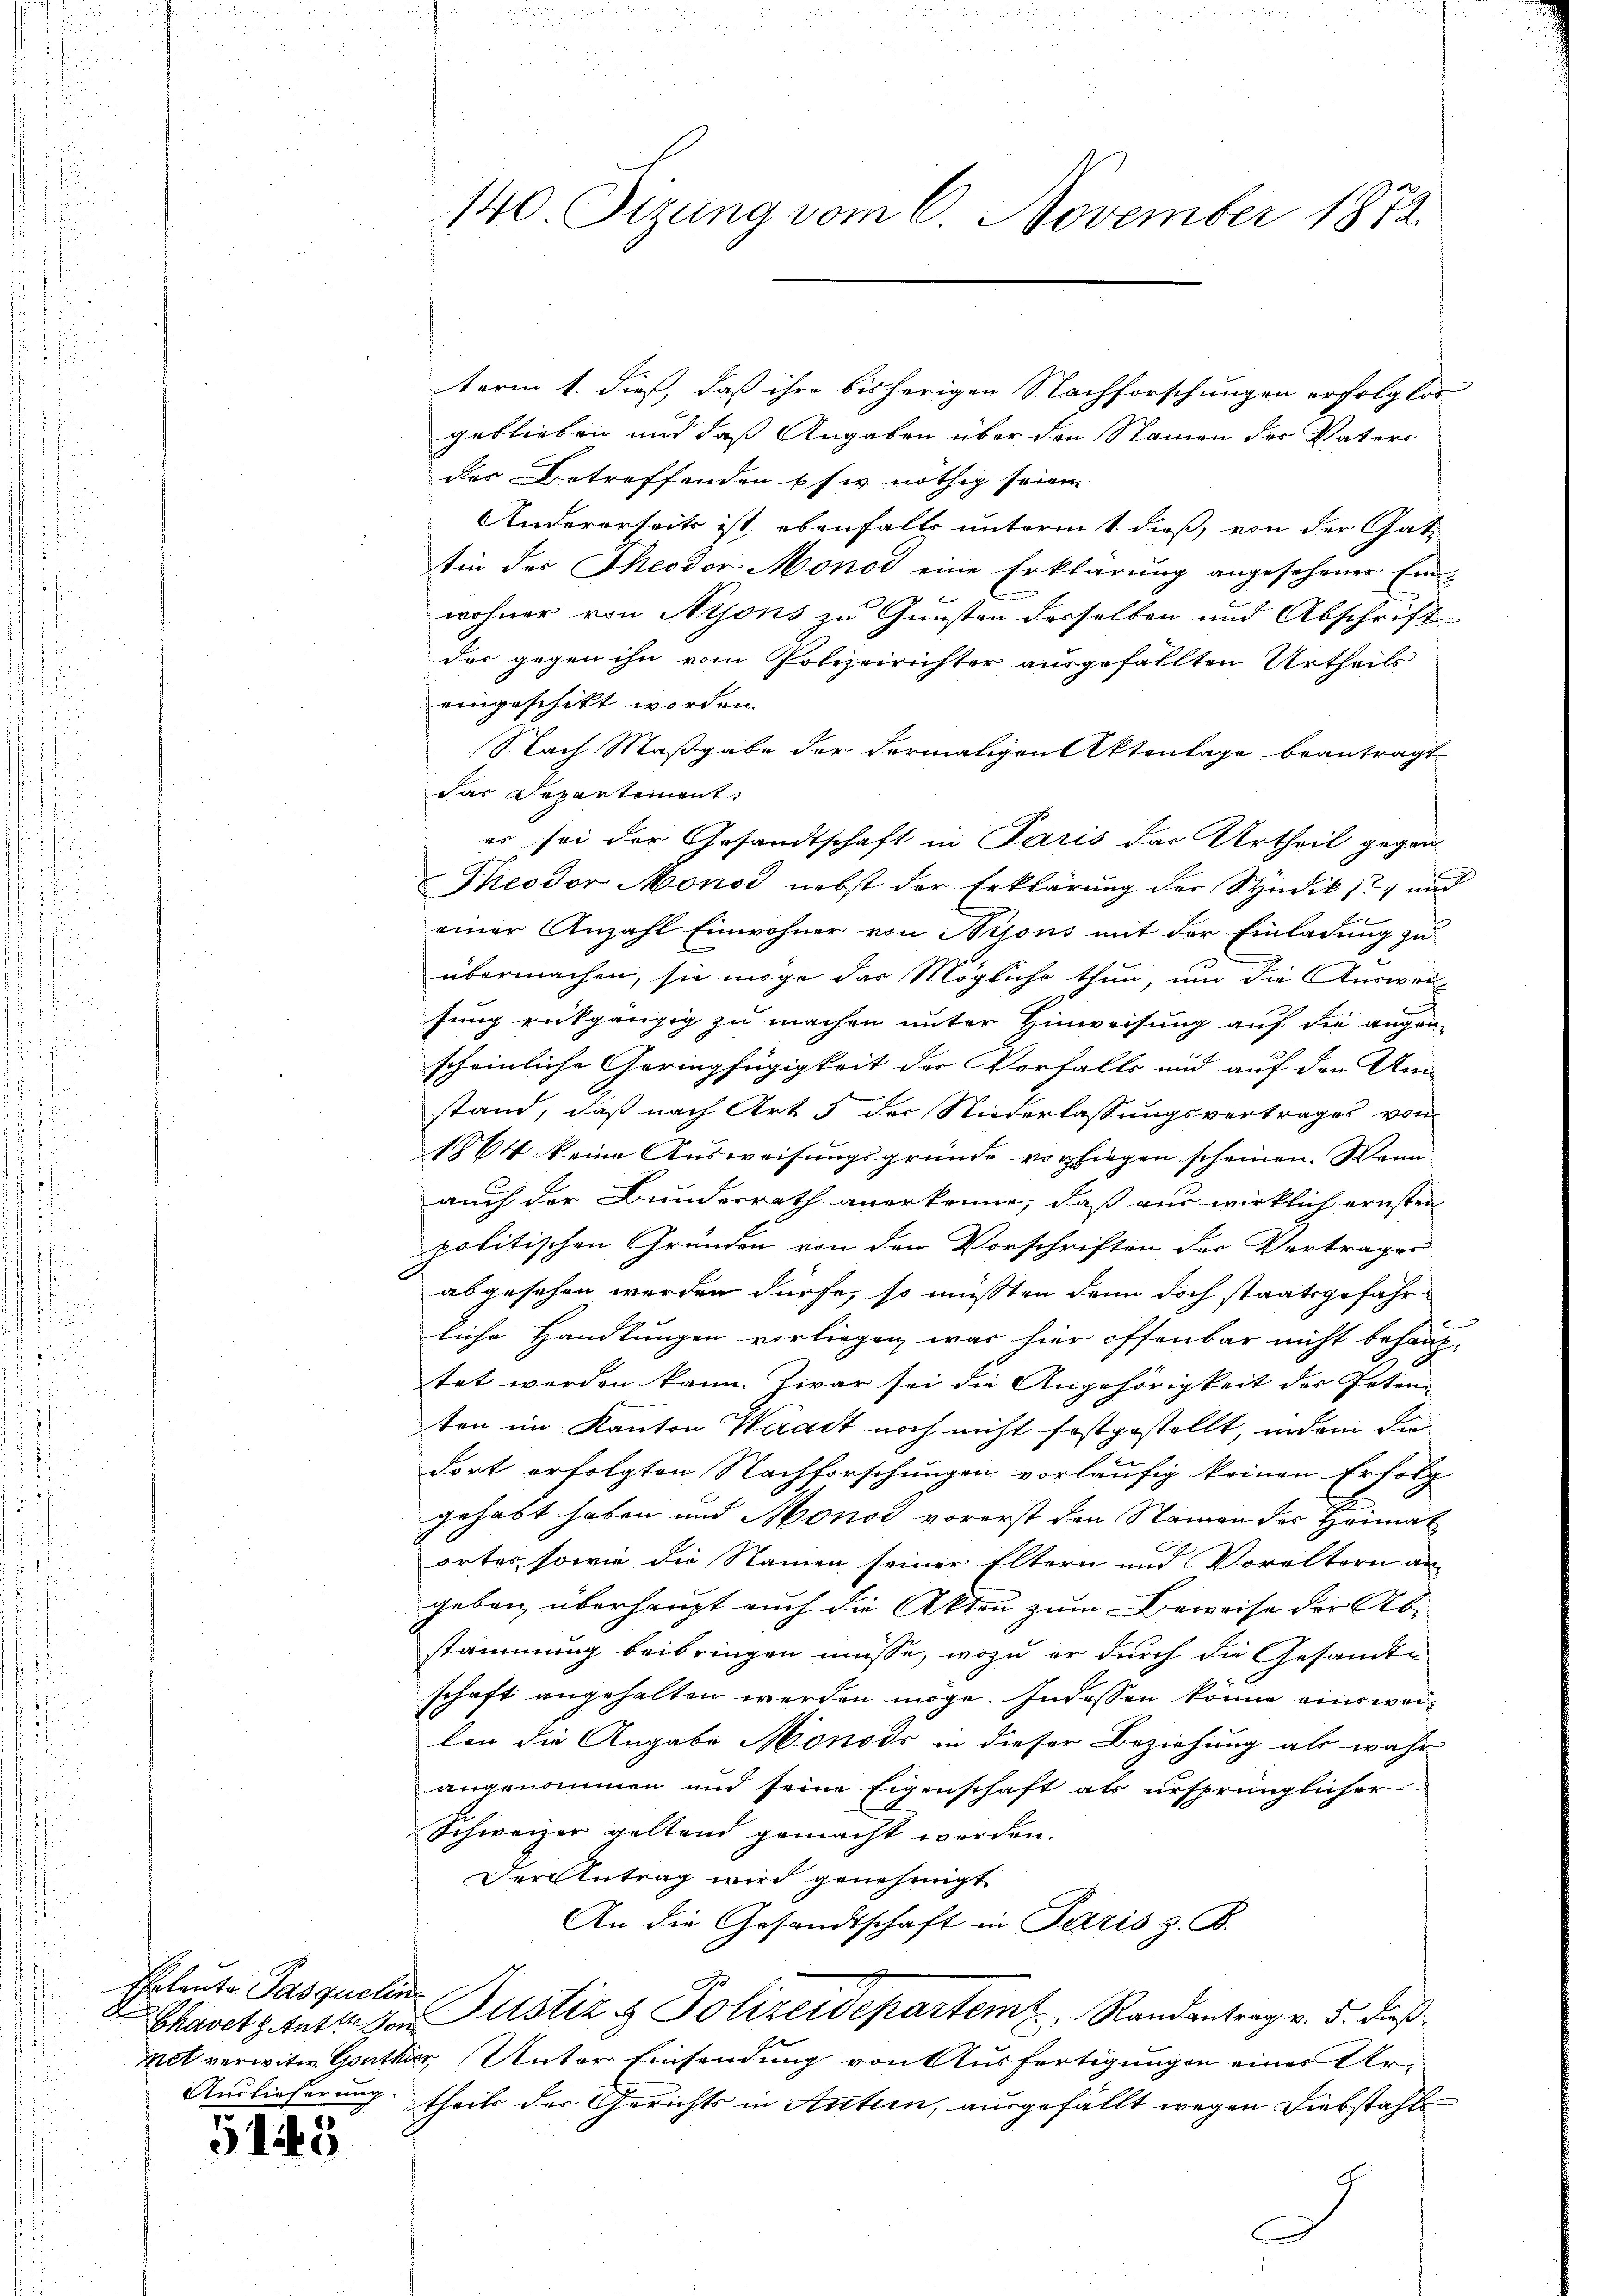
Chavetz Anton

5145

term 1. dieß, daß ihre bisherigen Nachforschungen erfolglos
geblieben und daß Angaben über den Namen der Vaters
des Betreffenden pfer nöthig seien
Anderarteits ist, ebenfalls unterm t dieß, von der Gatz
tin des Theodor Monoi eine Erklärung angesehener Einwohner von Nyons zu Gunsten derselben und Abschrift
der gegen ihn vom Polizeirichter ausgefällten Urtheils
eingeschikt worden.
Nach Maßgabe der Formaligrat Aktenlage beantragt
das Departement.
es sei der Gesandtschaft in Paris das Urtheil gegen
Theodor Monos nebst der Erklärung der Studik) und
einer Anzahl Einwohner von Bijons mit der Einladung zu
übermachen, sie möge das Mögliche thun, um die Ausweisung rückgängig zu machen unter Hinweisung auf die augen-
scheinliche Geringfügigkeit der Vorfalls und auf den An
stand, daß nach Art. 5 der Niederlassungsvertrages von
1864 keine Ausweisungsgründe vorliegen scheinen. Wenn
auch der Bundesrath anerkenne, daß aus wirklich ernsten
politischen Gründen von den Vorschriften der Vertrages
abgesehen werden dürfe, so müssten denn doch staatsgefährliche Handlungen vorliegen, was hier offenbar nicht behaup-
tet worden kann. Zwar sei die Angehörigkeit der Poten-
ten im Kanton Waadt noch nicht festgestellt, indem die
dort erfolgten Nachforschungen vorläufig keinen Erfolg
gehabt haben und Monos vorerst den Namen der Heimat
A
ortes, sowie die Namen seiner Eltern und Voreltern an-
geben überhaupt auch die Akten zum Beweise der Abstammung beibringen müsse, wozu er durch die Gesandt-
schaft angehalten werden möge. Indessen könne einsweilen die Angabe Monods in dieser Beziehung als wahr
angenommen und seine Eigenschaft als ursprünglicher
Schweizer geltend gemacht werden.
Der Antrag wird genehmigt
An die Gesandtschaft in Paris z. B.
Eheleute Pasquitien Bustiz & Polizeidepartem Randantrag v. 5. dieß
zit verwitw. Gonther Unter Einsendung von Ausfertigungen eines Ur¬
Auslieferung theits der Gerichts in Antern, ausgefällt wegen Diebstahle

140. Sizung vom 6. November 1872.

c